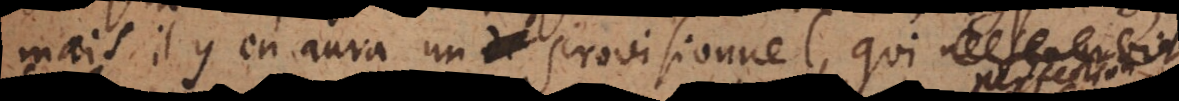
mais il y en aura un provisionnel, qu